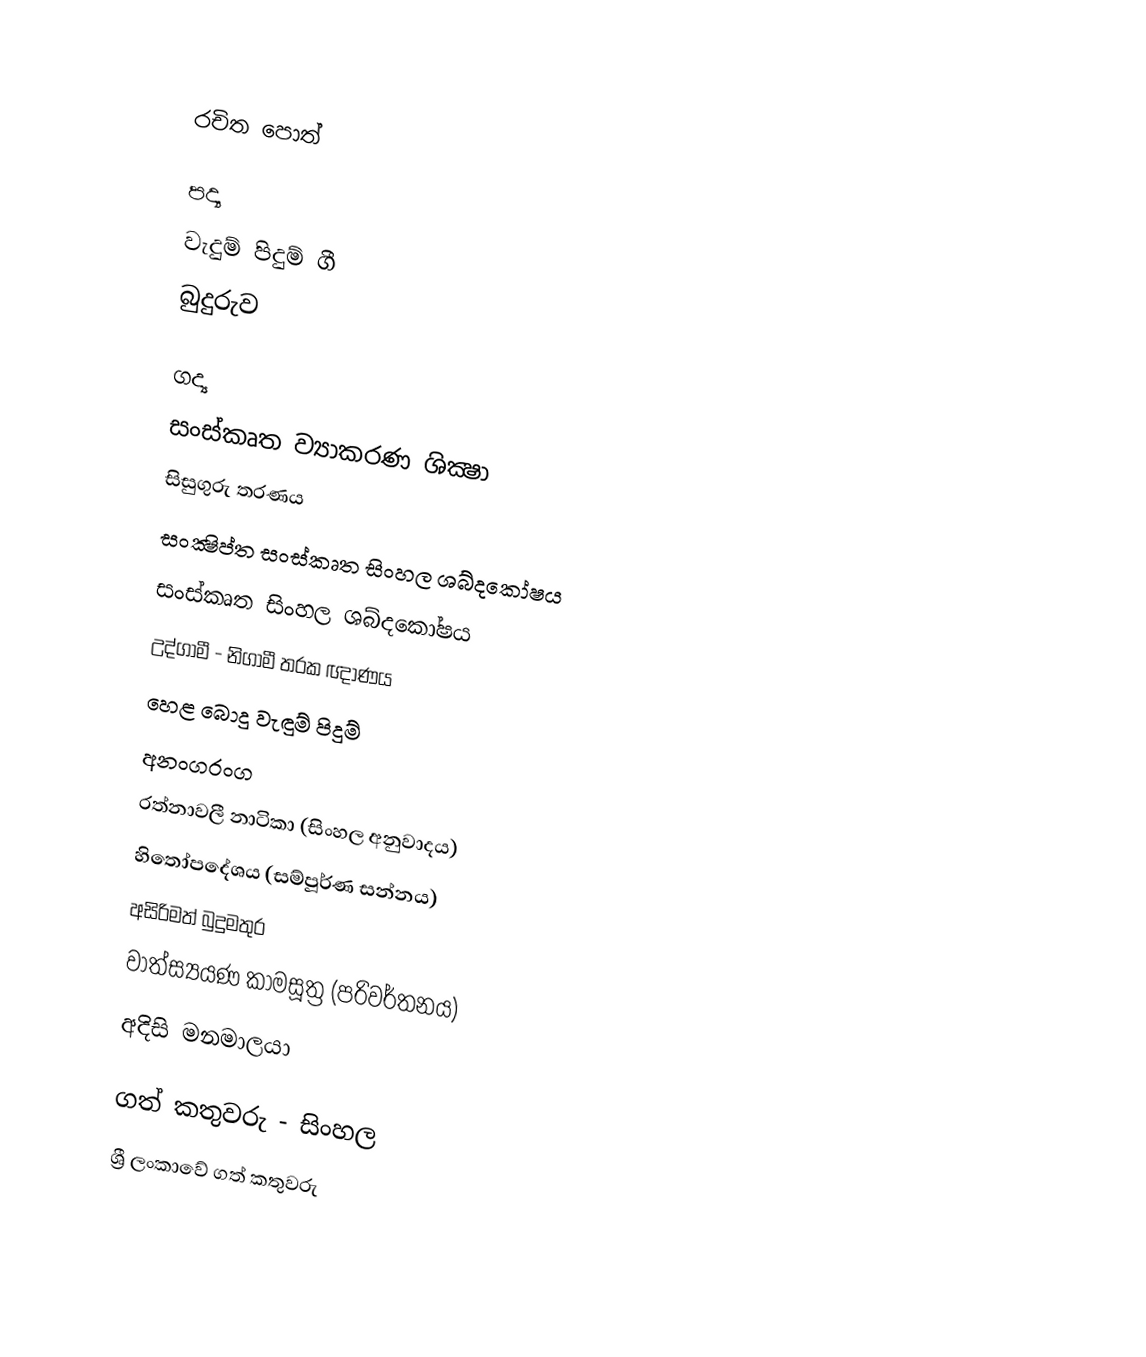

රචිත පොත්

පද්‍ය
 වැදුම් පිදුම් ගී
 බුදුරුව

ගද්‍ය
 සංස්කෘත ව්‍යාකරණ ශික්‍ෂා
 සිසුගුරු තරණය
 සංක්‍ෂිප්ත සංස්කෘත සිංහල ශබ්දකෝෂය
 සංස්කෘත සිංහල ශබ්දකෝෂය
 උද්ගාමී - නිගාමී තරක ඥාණය
 හෙළ බොදු වැඳුම් පිදුම්
 අනංගරංග
 රත්නාවලී නාටිකා (සිංහල අනුවාදය)
 හිතෝපදේශය (සම්පූර්ණ සන්නය)
 අසිරිමත් බුදුමතුර
 වාත්ස්‍යයණ කාමසූත්‍ර (පරිවර්තනය)
 අදිසි මනමාලයා

ගත් කතුවරු - සිංහල
ශ්‍රී ලංකාවේ ගත් කතුවරු